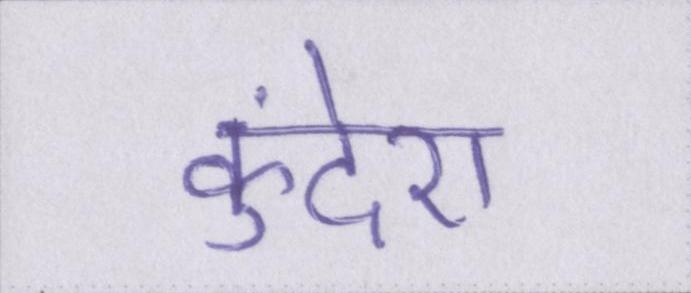
कुंदेरा